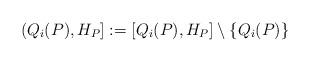
LaTeX: \begin{align*} (Q_i(P),H_P]:= [Q_i(P),H_P]\setminus\{Q_i(P)\}\end{align*}